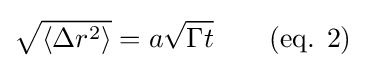
{\sqrt {\langle \Delta r^{2}\rangle }}=a{\sqrt {\Gamma t}}\qquad {\text{(eq. 2)}}